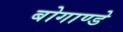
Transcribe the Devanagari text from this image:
बोगाण्डे